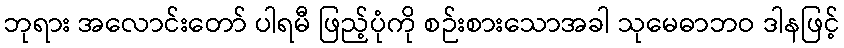
ဘုရား အလောင်းတော် ပါရမီ ဖြည့်ပုံကို စဉ်းစားသောအခါ သုမေဓာဘဝ ဒါနဖြင့်